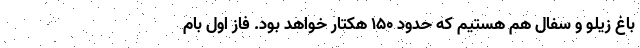
باغ زیلو و سفال هم هستیم که حدود ۱۵۰ هکتار خواهد بود. فاز اول بام